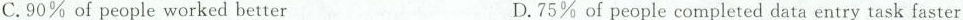
C.90% of people worked better D.75% of people completed data entry task faster